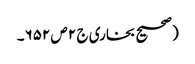
(صحیح بخاری ج ٢ ص ٦٥٢۔